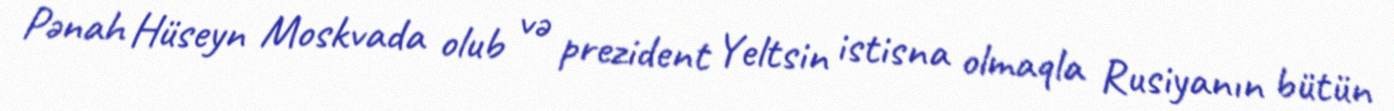
Pənah Hüseyn Moskvada olub və prezident Yeltsin istisna olmaqla Rusiyanın bütün